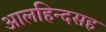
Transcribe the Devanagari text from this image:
आलहिन्दसह